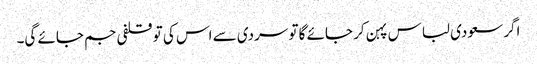
اگر سعودی لباس پہن کر جائے گا تو سردی سے اس کی تو قلفی جم جائے گی۔